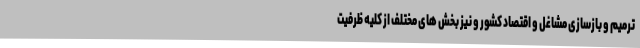
ترمیم و بازسازی مشاغل و اقتصاد کشور و نیز بخش های مختلف از کلیه ظرفیت